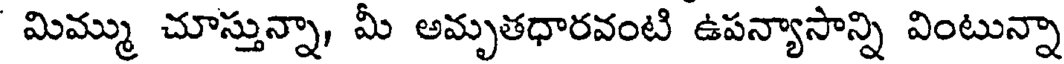
మిమ్ము చూస్తున్నా, మీ అమృతధారవంటి ఉపన్యాసాన్ని వింటున్నా